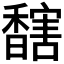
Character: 𩡔